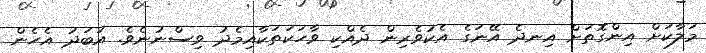
މަލާކަށް އިންގޮތަށް އިނދެ އޭނަގެ އެކުވެރިން ދެއްކި ވާހަކަތަކާއިމެދު ވިސްނުނެވެ. އަބަދު އެހެން